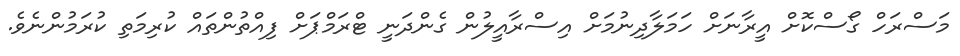
މަސްރަހް ގޯސްކޮށް އީރާނަށް ހަމަލާދިނުމަށް އިސްރާއީލުން ގެންދަނީ ޓްރަމްޕަށް ފިއްތުންތައް ކުރިމަތި ކުރަމުންނެވެ.